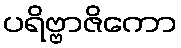
ပရိဗ္ဗာဇိကော